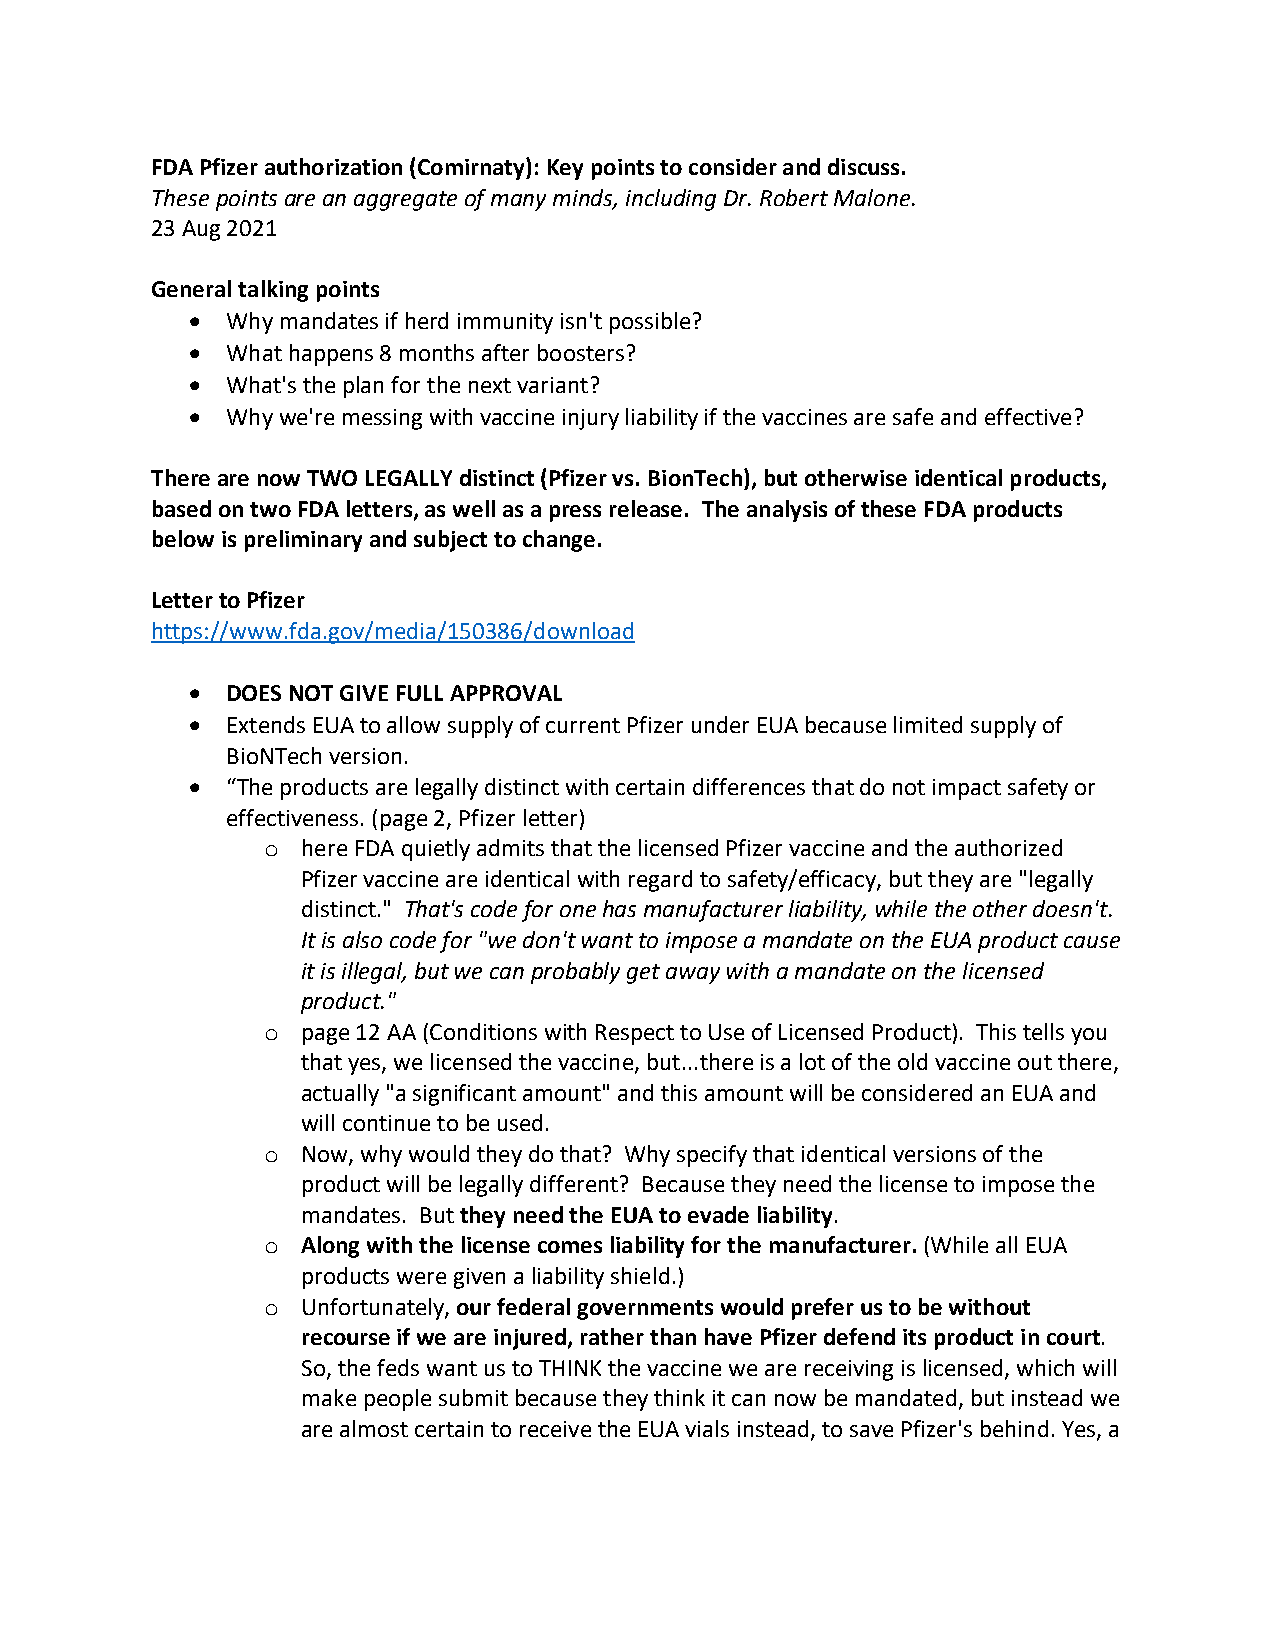
FDA Pfizer authorization (Comirnaty): Key points to consider and discuss.
 These points are an aggregate of many minds, including Dr. Robert Malone.
 23 Aug 2021
 General talking points
 •  Why mandates if herd immunity isn't possible?
 •  What happens 8 months after boosters?
 •  What's the plan for the next variant?
 •  Why we're messing with vaccine injury liability if the vaccines are safe and effective?
 There are now TWO LEGALLY distinct (Pfizer vs. BionTech), but otherwise identical products,
 based on two FDA letters, as well as a press release. The analysis of these FDA products
 below is preliminary and subject to change.
 Letter to Pfizer
 https://www.fda.gov/media/150386/download
 •  DOES NOT GIVE FULL APPROVAL
 •  Extends EUA to allow supply of current Pfizer under EUA because limited supply of
 BioNTech version.
 •  “The products are legally distinct with certain differences that do not impact safety or
 effectiveness. (page 2, Pfizer letter)
 o  here FDA quietly admits that the licensed Pfizer vaccine and the authorized
 Pfizer vaccine are identical with regard to safety/efficacy, but they are "legally
 distinct." That's code for one has manufacturer liability, while the other doesn't.
 It is also code for "we don't want to impose a mandate on the EUA product cause
 it is illegal, but we can probably get away with a mandate on the licensed
 product."
 o  page 12 AA (Conditions with Respect to Use of Licensed Product). This tells you
 that yes, we licensed the vaccine, but...there is a lot of the old vaccine out there,
 actually "a significant amount" and this amount will be considered an EUA and
 will continue to be used.
 o  Now, why would they do that? Why specify that identical versions of the
 product will be legally different? Because they need the license to impose the
 mandates. But they need the EUA to evade liability.
 o  Along with the license comes liability for the manufacturer. (While all EUA
 products were given a liability shield.)
 o  Unfortunately, our federal governments would prefer us to be without
 recourse if we are injured, rather than have Pfizer defend its product in court.
 So, the feds want us to THINK the vaccine we are receiving is licensed, which will
 make people submit because they think it can now be mandated, but instead we
 are almost certain to receive the EUA vials instead, to save Pfizer's behind. Yes, a